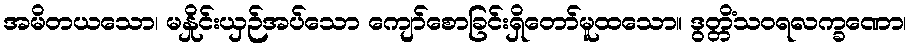
အမိတယသော၊ မနှိုင်းယှဉ်အပ်သော ကျော်စောခြင်းရှိတော်မူထသော။ ဒွတ္တိံသဝရလက္ခဏော၊